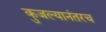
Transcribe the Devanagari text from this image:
कुजल्यानंतरच